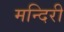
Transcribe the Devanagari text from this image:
मन्दिरी